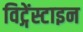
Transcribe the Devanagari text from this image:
विट्गेंस्टाइन